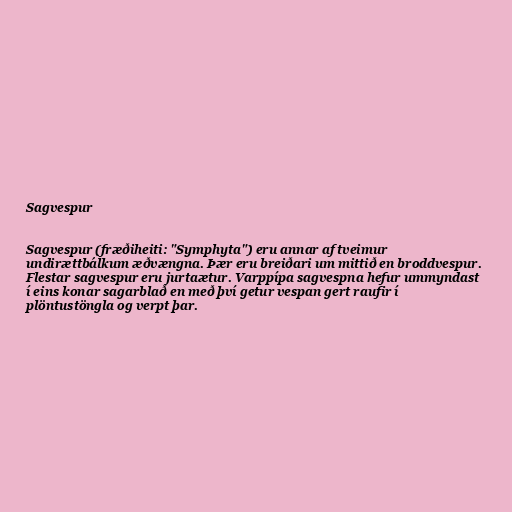
Sagvespur

Sagvespur (fræðiheiti: "Symphyta") eru annar af tveimur
undirættbálkum æðvængna. Þær eru breiðari um mittið en broddvespur.
Flestar sagvespur eru jurtaætur. Varppípa sagvespna hefur ummyndast
í eins konar sagarblað en með því getur vespan gert raufir í
plöntustöngla og verpt þar.